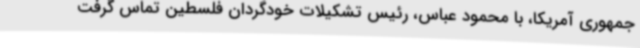
جمهوری آمریکا، با محمود عباس، رئیس تشکیلات خودگردان فلسطین تماس گرفت